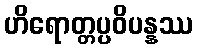
ဟိရောတ္တပ္ပဝိပန္နဿ